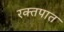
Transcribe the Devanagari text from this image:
रक्‍तपात